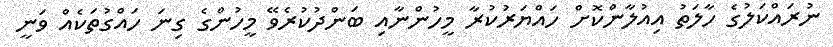
ނުރައްކަލުގެ ހާލަތު އިއުލާންކޮށް ހައްޔަރުކުރާ މީހުންނާއި ބަންދުކުރެވޭ މީހުންގެ ގިނަ ހައްގުތަކެއް ވަނީ